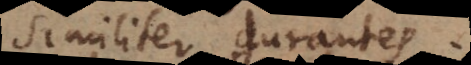
similiter durantes.